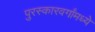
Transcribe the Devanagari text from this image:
पुरस्कारवर्गांमध्ये